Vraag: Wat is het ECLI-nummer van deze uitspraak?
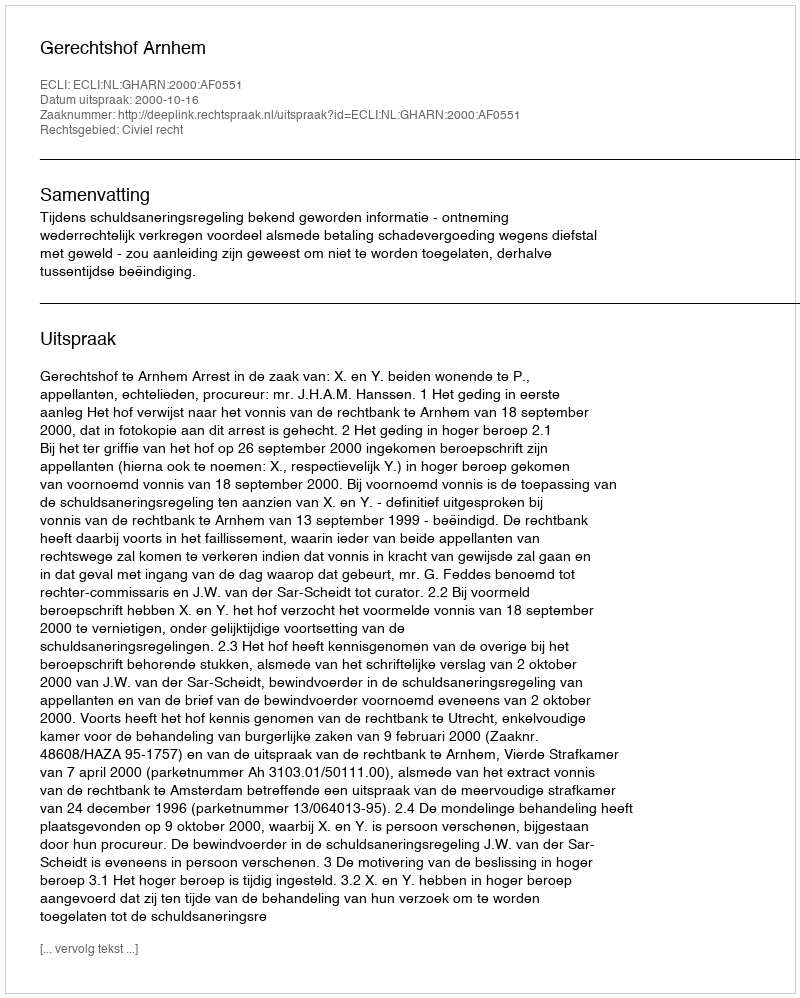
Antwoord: ECLI:NL:GHARN:2000:AF0551